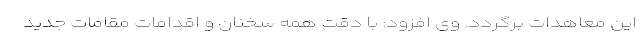
این معاهدات برگردد. وی افزود: با دقت همه سخنان و اقدامات مقامات جدید